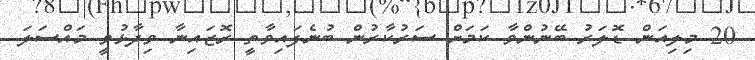
20 މިލިއަން ޑޮލަރު ބޭނުންވާ ކަމަށް ސަރުކާރުން ބުނެފައިވާތީ ރޮޒައިނާ ވިދާޅުވީ މައްސަލަ